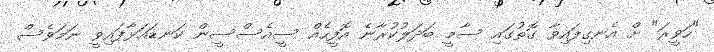
"ހަވީރަ" ށް އެނގިފައިވާ ގޮތުގައި ސާމީ ބަދަލުކުރާނެ އޮފީހެއް ސީއެސްސީން ކަނޑައަޅާފައިވީ ނަމަވެސް